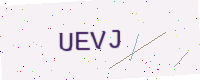
Text: UEVJ